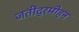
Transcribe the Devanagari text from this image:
जतींद्रमोहन